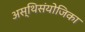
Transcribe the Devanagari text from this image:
अस्थिसंयोजिका